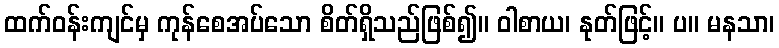
ထက်ဝန်းကျင်မှ ကုန်စေအပ်သော စိတ်ရှိသည်ဖြစ်၍။ ဝါစာယ၊ နုတ်ဖြင့်။ ပ။ မနသာ၊